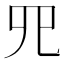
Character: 𦉭